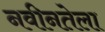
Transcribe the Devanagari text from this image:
नवीनतेला